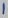
Text: 1